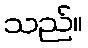
သည်။